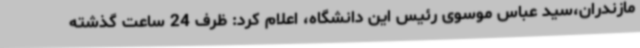
مازندران،سید عباس موسوی رئیس این دانشگاه، اعلام کرد: ظرف 24 ساعت گذشته